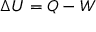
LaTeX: \Delta U = Q - W